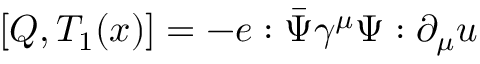
[ Q , T _ { 1 } ( x ) ] = - e : \bar { \Psi } \gamma ^ { \mu } \Psi : \partial _ { \mu } u